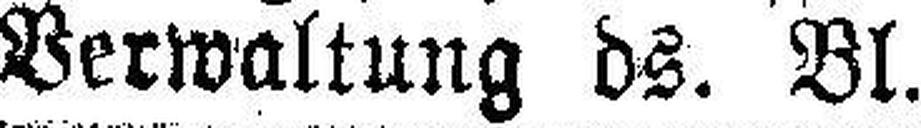
Verwaltung ds. Bl.